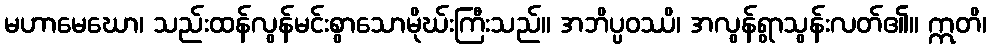
မဟာမေဃော၊ သည်းထန်လွန်မင်းစွာသောမိုဃ်းကြီးသည်။ အဘိပ္ပဝဿိ၊ အလွန်ရွာသွန်းလတ်၏။ ဣတိ၊